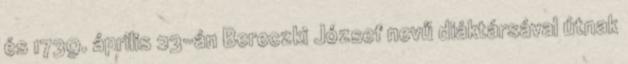
és 1739. április 23-án Bereczki József nevű diáktársával útnak